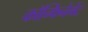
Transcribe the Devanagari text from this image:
कॉन्फिनेमेंट